Lunatic asylums Bombay report 1878-1890 - 1878-1890
Year: 1878
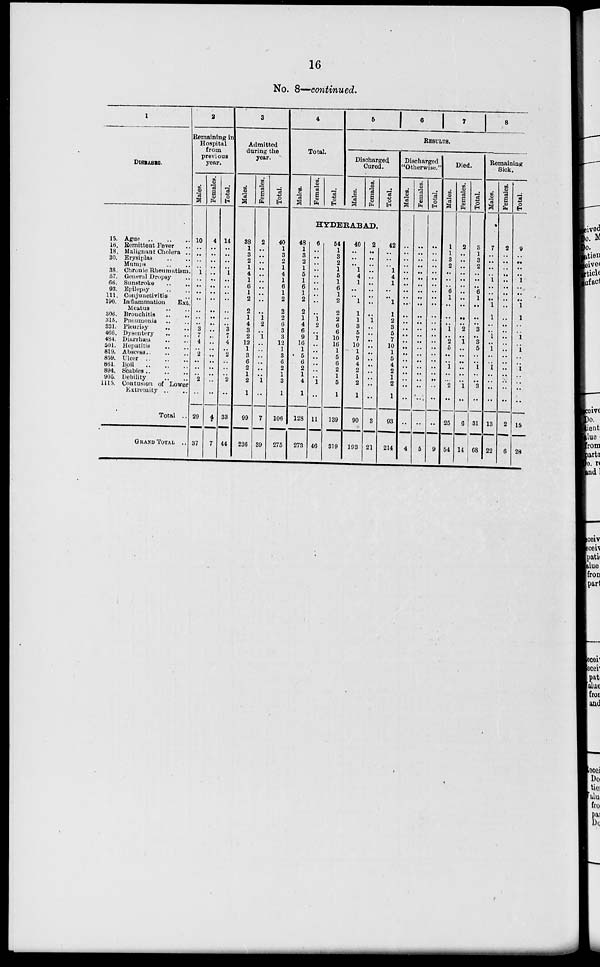
16
No. 8—continued.
1
DISEASES.
15.
16.
18.
30.
38.
57.
66.
93.
111.
190.
306.
315
331.
466.
484.
501.
819.
859.
861.
894.
905.
1115.
Ague .. .. ..
Remittent Fever ..
Malignant Cholera ..
Erysiplas .. ..
Mumps .. ..
Chronic Rheumatism.
General Dropsy ..
Sunstroke
..
..
Epilepsy .. ..
Conjunctivitis ..
Inflammation
Ext.
Meatus .. ..
Brouchitis .. ..
Pneumonia .. ..
Pleurisy .. ..
Dysentery .. ..
Diarrhæa .. ..
Hepatitis .. ..
Abscess
..
..
..
Ulcer
..
..
..
Boil
..
..
..
Scabies
..
..
..
Debility .. ..
Contusion of Lower
Extremity .. ..
Total ..
GRAND TOTAL ..
2
Remaining in
Hospital
from
previous
year.
Males.
10
..
..
..
..
1
..
..
..
..
..
..
.. 3
7
4
.. 2
..
..
..
2
..
29
37
Females.
4
..
..
..
..
..
..
..
..
..
..
..
..
..
..
..
..
..
..
..
..
..
..
4
7
Total.
14
..
..
..
..
1
..
..
..
..
..
..
.. 3
7
4
.. 2
..
..
..
2
..
33
44
3
Admitted
during the
year.
Males.
38
1
3
2
1
4
1
6
1
2
2
1
4
3
2
12
1
3
6
2
1
2
1
99
236
Females.
2
..
..
..
..
..
..
..
..
..
..
1
2
..
1
..
..
..
..
..
..
1
..
7
39
Total.
40
1
3
2
1
4
1
6
1
2
2
2
6
3
3
12
1
3
6
2
1
3
1
106
275
4
Total.
Males.
Females.
Total.
5
6
7
8
RESULTS.
Discharged
Cured.
Males.
Females.
Total.
HYDERABAD.
48
1
3
2
1
5
1
6
1
2
2
1
4
6
9
16
1
5
6
2
1
4
1
128
273
6
..
..
..
..
..
..
..
..
..
..
1
2
..
1
..
..
..
..
..
..
1
..
11
46
54
1
3
2
1
5
1
6
1
2
2
2
6
6
10
16
1
5
6
2
1
6
1
139
319
40
..
..
.. 1
4
1
..
..
1
1
1
3
5
7
10
1
5
4
2
1
2
1
90
193
2
..
..
..
..
..
..
..
..
..
..
1
..
..
..
..
..
..
..
..
..
..
..
3
21
42
..
..
.. 1
4
1
..
..
1
1
2
3
5
7
10
1
5
4
2
1
2
1
93
214
Discharged
Otherwise.
Males.
..
..
..
..
..
..
..
..
..
..
..
..
..
..
..
..
..
..
..
..
..
..
..
..
4
Females.
..
..
..
..
..
..
..
..
..
..
..
..
..
..
..
..
..
..
..
..
..
..
..
..
5
Total.
..
..
..
..
..
..
..
..
..
..
..
..
..
..
..
..
..
..
..
..
..
..
..
..
9
Died.
Males.
1
1
3
2
..
..
..
6
1
..
..
..
1
..
2
5
..
..
1
..
..
2
..
25
54
Females.
2
..
..
..
..
..
..
..
..
..
..
..
2
..
1
..
..
..
..
..
..
1
..
6
14
Total.
3
1
3
2
..
..
..
6
1
..
..
..
3
..
3
5
..
..
1
..
..
3
..
31
68
Remaining
Sick.
Males.
7
..
..
..
..
1
..
..
..
1
1
..
..
1
..
1
..
..
1
..
..
..
..
13
22
Females.
2
..
..
..
..
..
..
..
..
..
..
..
..
..
..
..
..
..
..
..
..
..
..
2
6
Total.
9
..
..
..
..
1
..
..
..
1
1
..
..
1
..
1
..
..
1
..
..
..
..
15
28